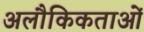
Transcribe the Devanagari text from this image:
अलौकिकताओं